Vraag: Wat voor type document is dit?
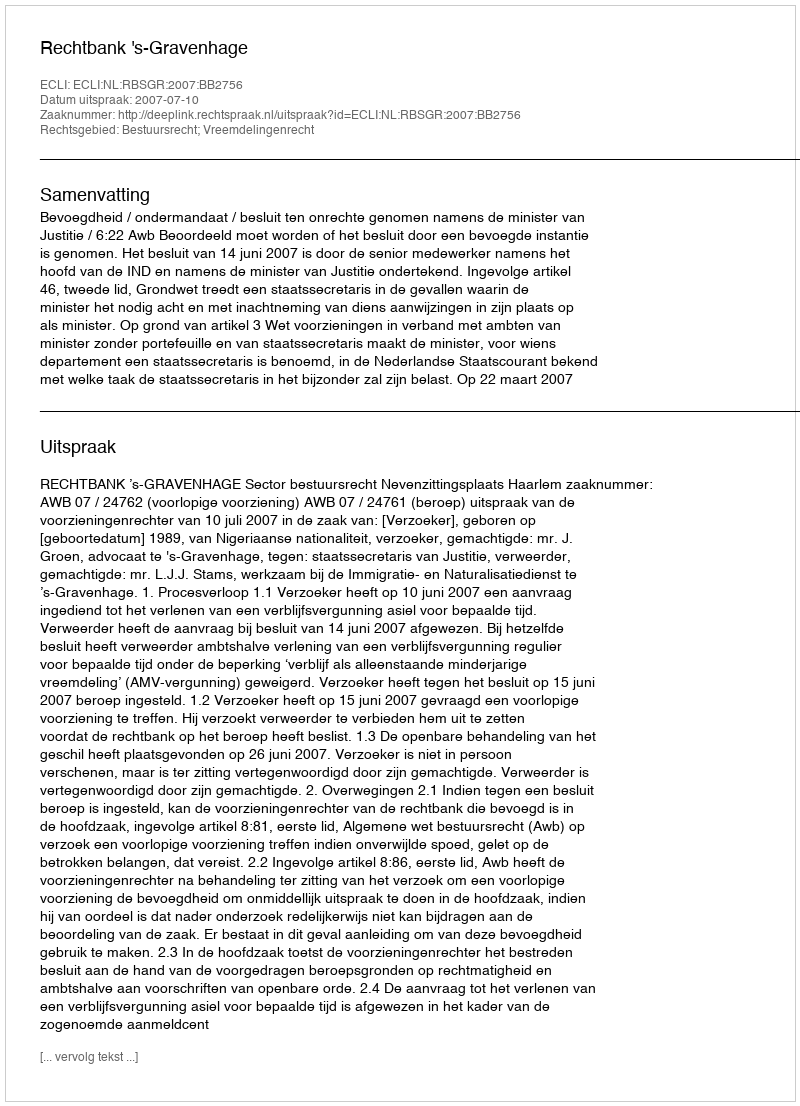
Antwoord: Uitspraak